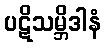
ပဋိသမ္ဘိဒါနံ